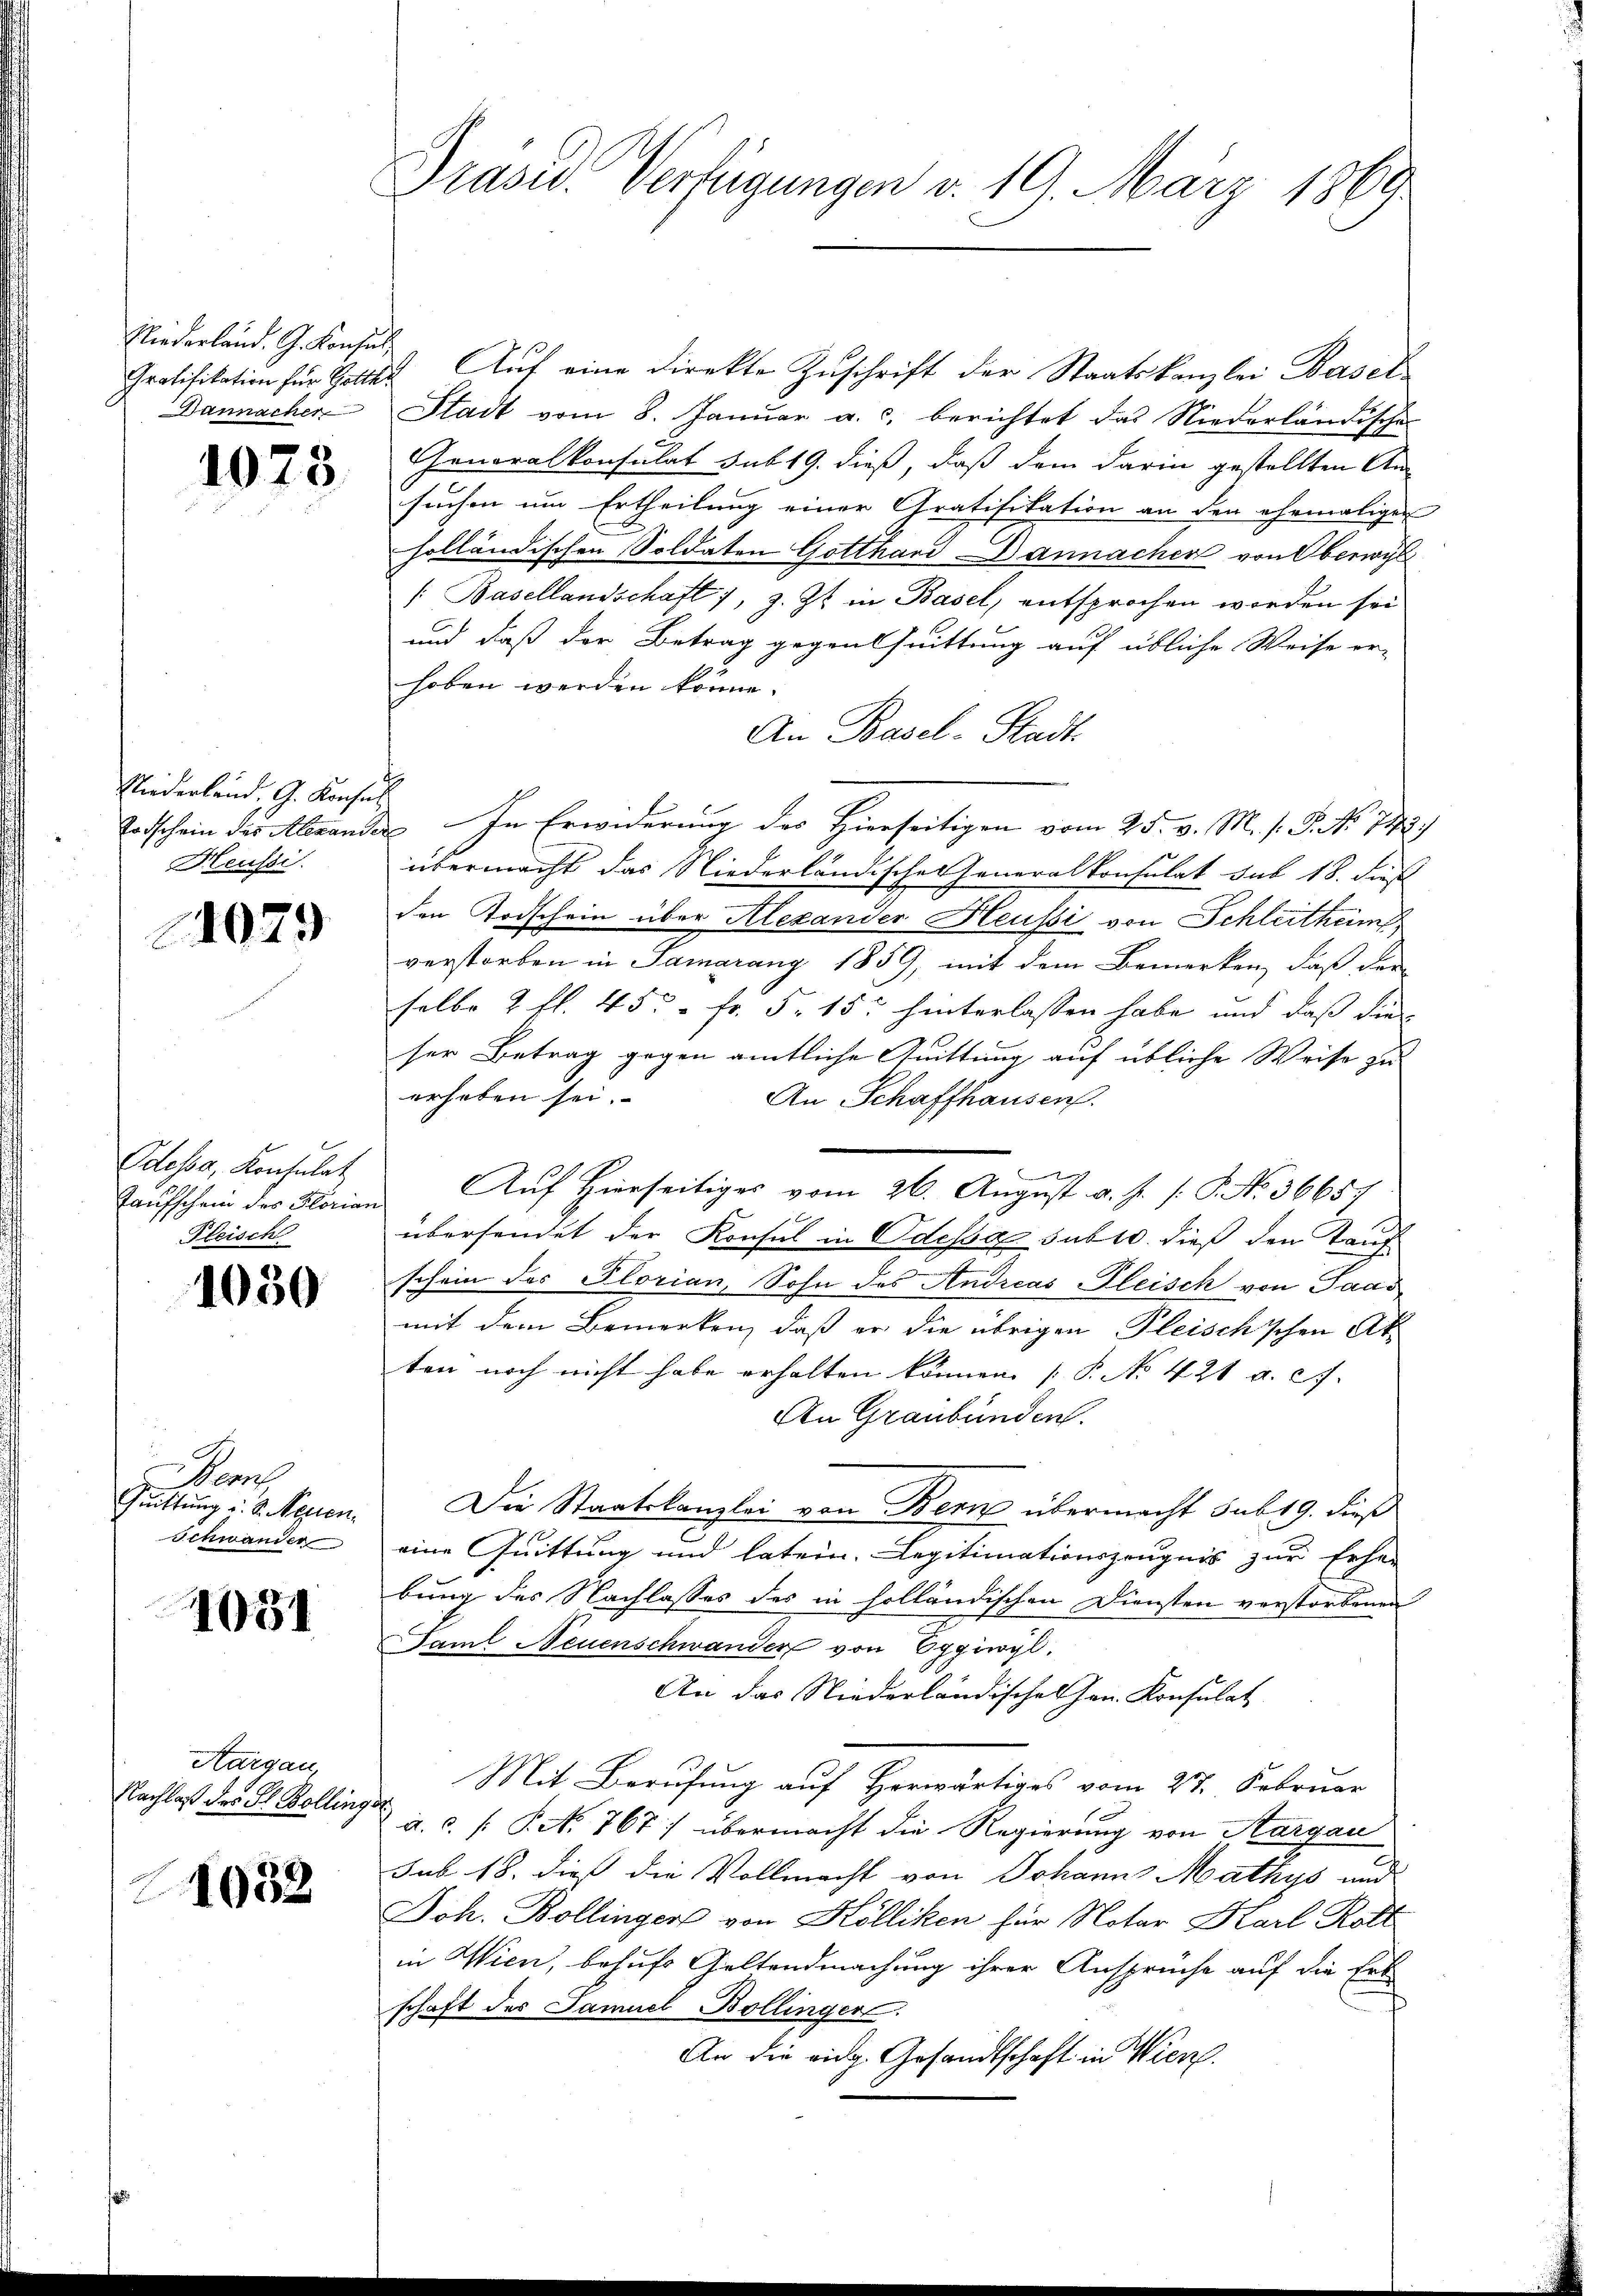
Eliederland. G. Konsul
Dannacher

1075.

Niederland. G. Konse
Todschein des Alexande
Heussi

4029

Odess, Konsulat
Taufschein des Florian
Fleisch

1050

am
Quittung d. d. Kopien
Schwander

1031

Aargau,
Nachlaß des H. Bollinge

1032

Präsid. Verfügungen d. 19. März 1869

Pratifikation für Gottes Aŭf eine Direkte Zuschrift der Staatskanzlei Basel
Stadt vom 8. Janŭar a. c. berichtet das Niederländische
Generalkonsulat sub 19. dieß, daß dem darin gestellten Ansuchen um Ertheilung einer Gratifikation an den ehemaligen
holländischen Soldaten Gotthard Dannacher von Oberwyl
/: Basellandschaft 1, z. Zt. in Basel, entsprochen worden sei
und daß der Betrag gegenthuittung auf übliche Weise er-
hoben werden könne.
An Basel-Stadt.
In Erwiderung der Hierseitigen vom 25. v. M. s. S. Nr. 1792.
übermacht das Niederländischen Generalkonsulat sub 18. dieß
den Todschein über Alexander Heussi von Schleithen
verstorben in Samarang 1859, mit dem Bemerken, daß der
selbe 2 fl. 450 Fr. 5. 15 hinterlassen habe und daß die
ser Betrag gegen amtliche Quittung auf übliche Weise zu
erheben sei.
An Schaffhausen.
Auf Hierseitiges vom 26. August v. J. P. P. No. 36657
übersendet der Konsul in Odessa subro dieß den Tauf
schein des Plorian, Sohn des Andreas leisch von Saasmit dem Bemerken, daß er die übrigen Pleischschen Atten noch nicht habe erhalten können [P. No 421 a. c.
An Graubünden.
Die Staatskanzlei von Bern übermacht sub 19. dieß
eine Quittung und latein, Legitimationszeugnis zur Erhe
bung des Nachlasses des in holländischen Diensten verstorbenen
Faml Neuenschwander von Eggiwyl.
An das Niederländische Hrn. Konsulat
Mit Berufung auf Herwärtiges vom 27. Februar
a. C. P. N. 767 übermacht die Regierung von Aargau
sub 18. dieß die Vollmacht von Johann Mathys und
Joh. Bollinger von Kölliken für Notar Karl Rott
in Wien, behufs Geltendmachung ihrer Ansprüche auf die Erb-
schaft der Samuel Bollinger.
An die eidg. Gesandtschaft in Wien